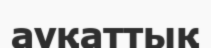
ауқаттық